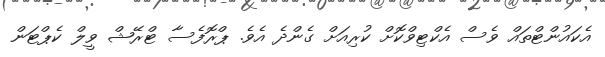
އެކައުންޓްތައް ވެސް އެކްޓިވްކޮށް ކުރިއަށް ގެންދެ އެވެ. ޕްރޮފެސާ ޓްރޭޝް ވީލް ކެޕްޓަން